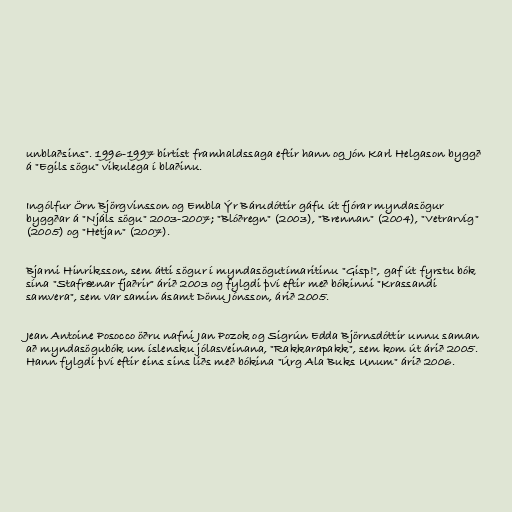
unblaðsins". 1996-1997 birtist framhaldssaga eftir hann og Jón Karl Helgason byggð
á "Egils sögu" vikulega í blaðinu.

Ingólfur Örn Björgvinsson og Embla Ýr Bárudóttir gáfu út fjórar myndasögur
byggðar á "Njáls sögu" 2003-2007; "Blóðregn" (2003), "Brennan" (2004), "Vetrarvíg"
(2005) og "Hetjan" (2007).

Bjarni Hinriksson, sem átti sögur í myndasögutímaritinu "Gisp!", gaf út fyrstu bók
sína "Stafrænar fjaðrir" árið 2003 og fylgdi því eftir með bókinni "Krassandi
samvera", sem var samin ásamt Dönu Jónsson, árið 2005.

Jean Antoine Posocco öðru nafni Jan Pozok og Sigrún Edda Björnsdóttir unnu saman
að myndasögubók um íslensku jólasveinana, "Rakkarapakk", sem kom út árið 2005.
Hann fylgdi því eftir eins sins liðs með bókina "Úrg Ala Buks Unum" árið 2006.